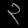
Digit: ၃